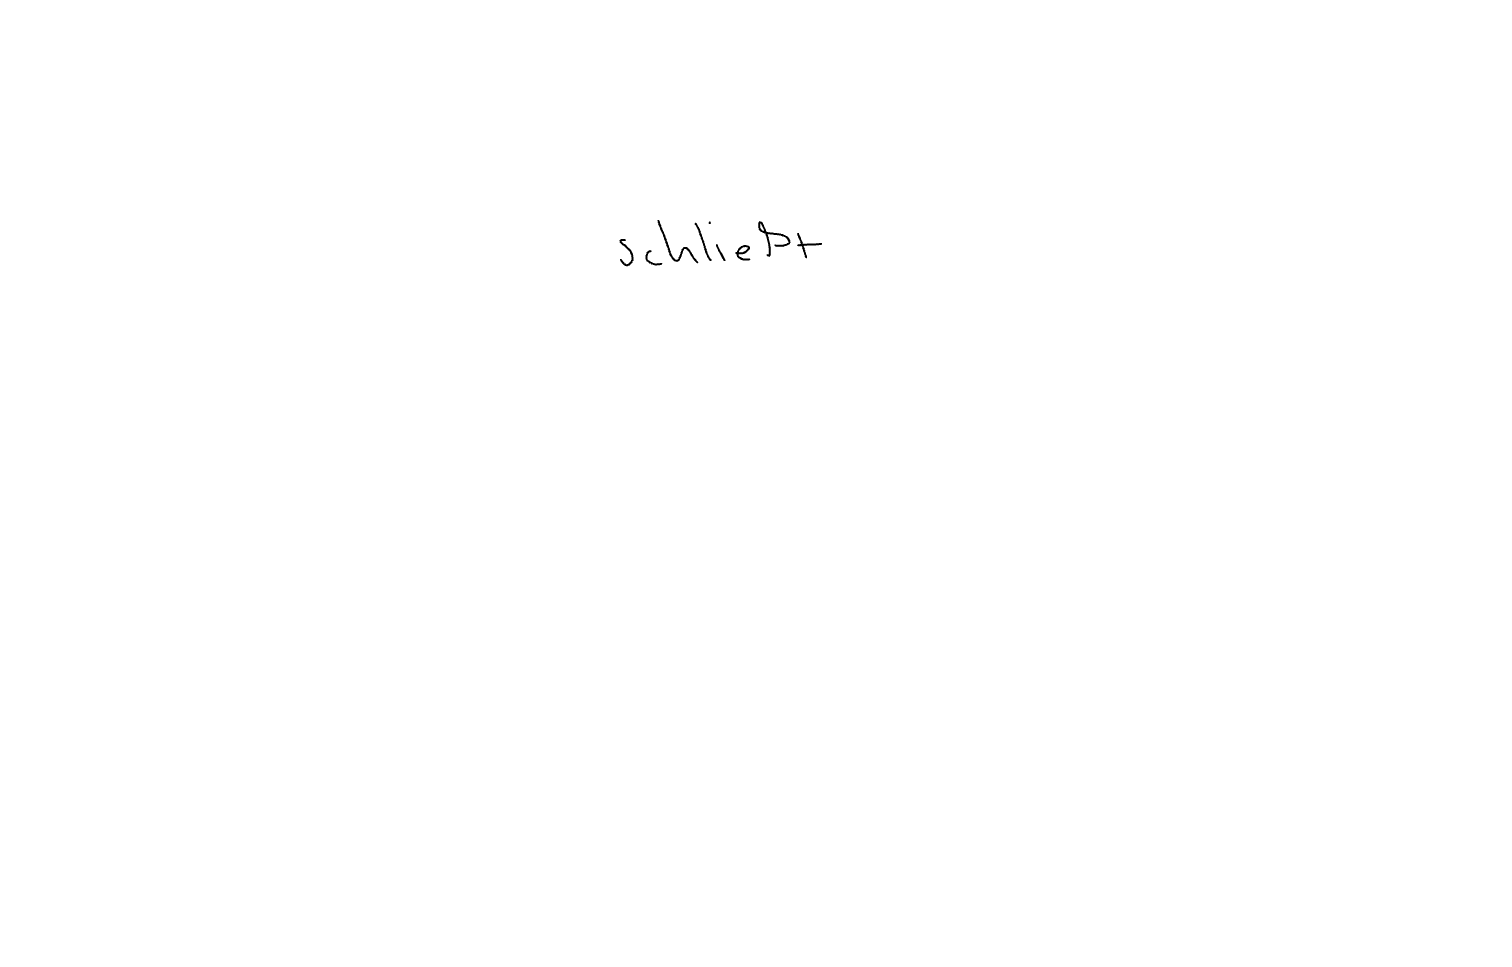
Text: schließt